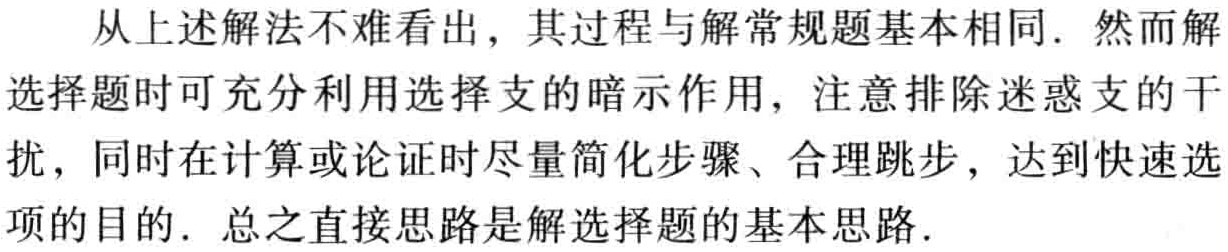
从上述解法不难看出，其过程与解常规题基本相同. 然而解
选择题时可充分利用选择支的暗示作用，注意排除迷惑支的干
扰，同时在计算或论证时尽量简化步骤、合理跳步，达到快速选
项的目的. 总之直接思路是解选择题的基本思路.